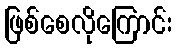
ဖြစ်စေလိုကြောင်း